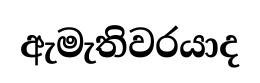
ඇමැතිවරයාද